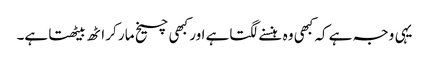
یہی وجہ ہے کہ کبھی وہ ہنسنے لگتاہے اور کبھی چیخ مار کر اٹھ بیٹھتا ہے۔